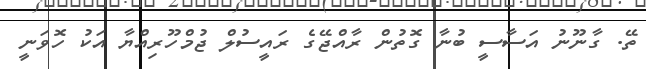
ތޭ. ގާނޫނު އަސާސީ ބުނާ ގޮތުން ރާއްޖޭގެ ރައީސުލް ޖުމްހޫރިއްޔާ އަކު ހޮވަނީ